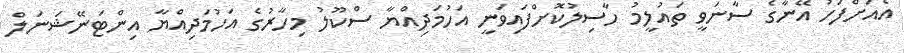
އެއަށްފަހު އޭނާގެ ސާނަވީ ތައުލީމު ހާސިލުކޮށްފައިވަނީ އަހުމަދިއްޔާ ސްކޫލު މިހާރުގެ އަހުމަދިއްޔާ އިންޓަނޭޝަނަލް